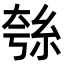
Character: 𮈋